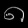
Digit: ၈